Account of plague administration in the Bombay Presidency from September 1896 till May 1897
Year: 1896
Disease focus: Plague
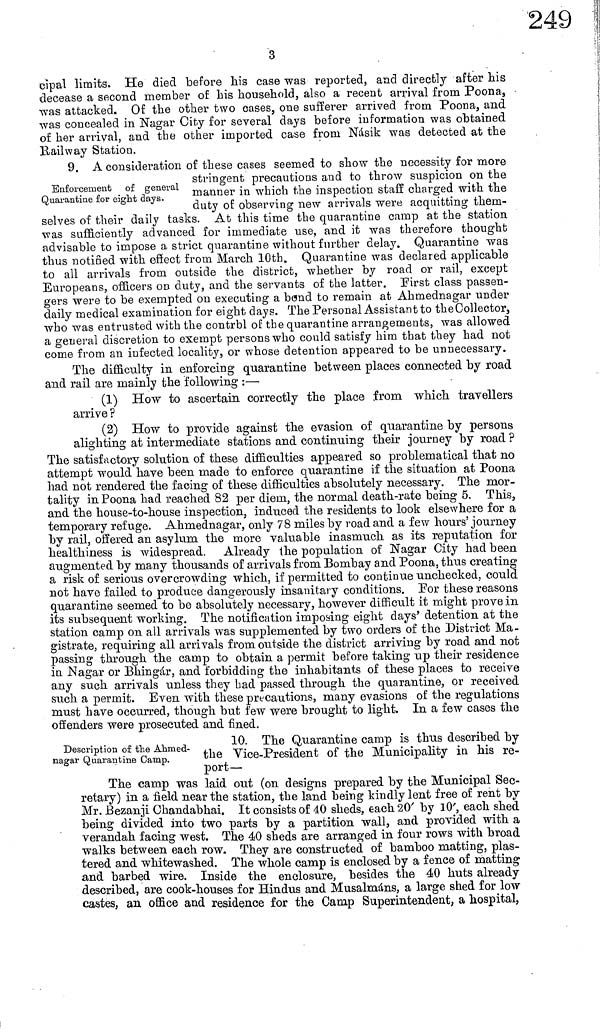
3
cipal limits. He died before his case was reported, and directly after his
decease a second member of his household, also a recent arrival from Poona,
was attacked. Of the other two cases, one sufferer arrived from Poona, and
was concealed in Nagar City for several days before information was obtained
of her arrival, and the other imported case from Násik was detected at the
Kail way Station.
Enforcement of general
Quarantine for eight days.
9. A consideration of these cases seemed to show the necessity for more
stringent precautions and to throw suspicion on the
manner in which the inspection staff charged with the
duty of observing new arrivals were acquitting them-
selves or their daily tasks. At this time the quarantine camp at the station
was sufficiently advanced for immediate use, and it was therefore thought
advisable to impose a strict quarantine without further delay. Quarantine was
thus notified with effect from March 10th. Quarantine was declared applicable
to all arrivals from outside the district, whether by road or rail, except
Europeans, officers on duty, and the servants of the latter. Pirst class passen-
gers were to be exempted on executing a bond to remain at Ahmednagar under
daily medical examination for eight days. The Personal Assistant to theCollector,
who was entrusted with the contrbl of the quarantine arrangements, was allowed
a general discretion to exempt persons who could satisfy him that they had not
come from an infected locality, or whose detention appeared to be unnecessary.
The difficulty in enforcing quarantine between places connected by road
and rail are mainly the following :—
(1) How to ascertain correctly the place from which travellers
arrive ?
(2) How to provide against the evasion of quarantine by persons
alighting at intermediate stations and continuing their journey by road ?
The satisfactory solution of these difficulties appeared so problematical that no
attempt would have been made to enforce quarantine if the situation at Poona
had not rendered the facing of these difficulties absolutely necessary. The mor-
tality in Poona had reached 82 per diem, the normal death-rate being 5. This,
and the house-to-house inspection, induced the residents to look elsewhere for a
temporary refuge. Ahmednagar, only 78 miles by road and a few hours' journey
by rail, offered an asylum the more valuable inasmuch as its reputation for
healthiness is widespread. Already the population of Nagar City had been
augmented by many thousands of arrivals from Bombay and Poona, thus creating
a risk of serious overcrowding which, if permitted to continue unchecked, could
not have failed to produce dangerously insanitary conditions. Por these reasons
quarantine seemed to be absolutely necessary, however difficult it might prove in
its subsequent working. The notification imposing eight days' detention at the
station camp on all arrivals was supplemented by two orders of the District Ma-
gistrate, requiring all arrivals from outside the district arriving by road and not
passing through the camp to obtain a permit before taking up their residence
in Nagar or Bhingár, and forbidding the inhabitants of these places to receive
any such arrivals unless they had passed through the quarantine, or received
such a permit. Even with these precautions, many evasions of the regulations
must have occurred, though but few were brought to light. In a few cases the
offenders were prosecuted and fined.
Description of the Ahmed-
nagar Quarantine Camp.
10. The Quarantine camp is thus described by
the Vice-Président of the Municipality in his re-
port—
The camp was laid out (on designs prepared by the Municipal Sec-
retary) in a field near the station, the land being kindly lent free of rent by
Mr. Bezanji Chandabhai. It consists of 40 sheds, each 20' by 10', each shed
being divided into two parts by a partition wall, and provided with a
verandah facing west. The 40 sheds are arranged in four rows with broad
walks between each row. They are constructed of bamboo matting, plas-
tered and whitewashed. The whole camp is enclosed by a fence of matting
and barbed wire. Inside the enclosure, besides the 40 huts already
described, are cook-houses for Hindus and Musalmáns, a large shed for low
castes, an office and residence for the Camp Superintendent, a hospital,